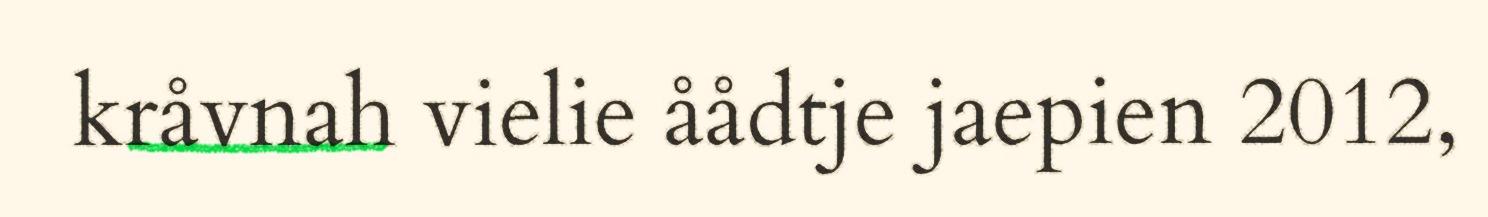
kråvnah vielie åådtje jaepien 2012,